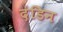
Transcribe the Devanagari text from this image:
दंडिन